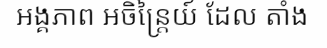
អង្គភាព អចិន្ត្រៃយ៍ ដែល តាំង